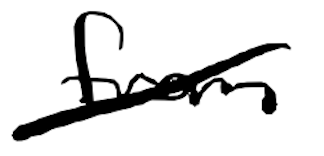
Text: from
Cross-out: diagonal
Writing tool: digital_black